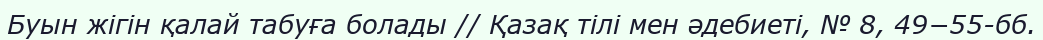
Буын жігін қалай табуға болады // Қазақ тілі мен әдебиеті, № 8, 49−55-бб.